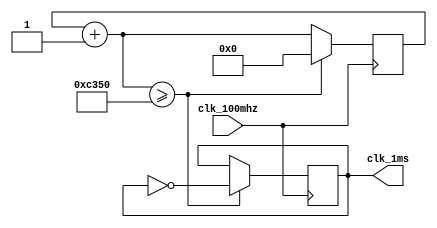
module clk_1ms(
    clk_100mhz,
    clk_1ms
);
    input wire clk_100mhz;
    output reg clk_1ms;

    reg [27:0]counter;

    initial begin
        counter = 0;
        clk_1ms = 0;
    end

    always @(posedge clk_100mhz) begin
        counter = counter + 1;
        if (counter >= 50000) begin
            clk_1ms = ~clk_1ms;
            counter = 0;
        end
    end

endmodule